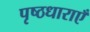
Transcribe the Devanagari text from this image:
पृष्ठधाराएँ